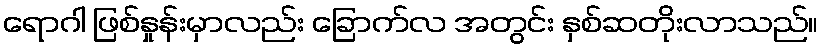
ရောဂါ ဖြစ်နှုန်းမှာလည်း ခြောက်လ အတွင်း နှစ်ဆတိုးလာသည်။